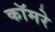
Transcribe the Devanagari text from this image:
कॉमरे